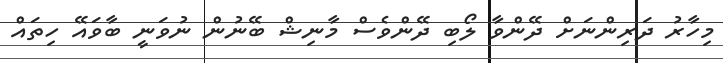
މިހާރު ދަރިންނަށް ދޭންވާ ލޯބި ދޭންވެސް މާނިޝް ބޭނުން ނުވަނީ ބާވައޭ ހިތައް